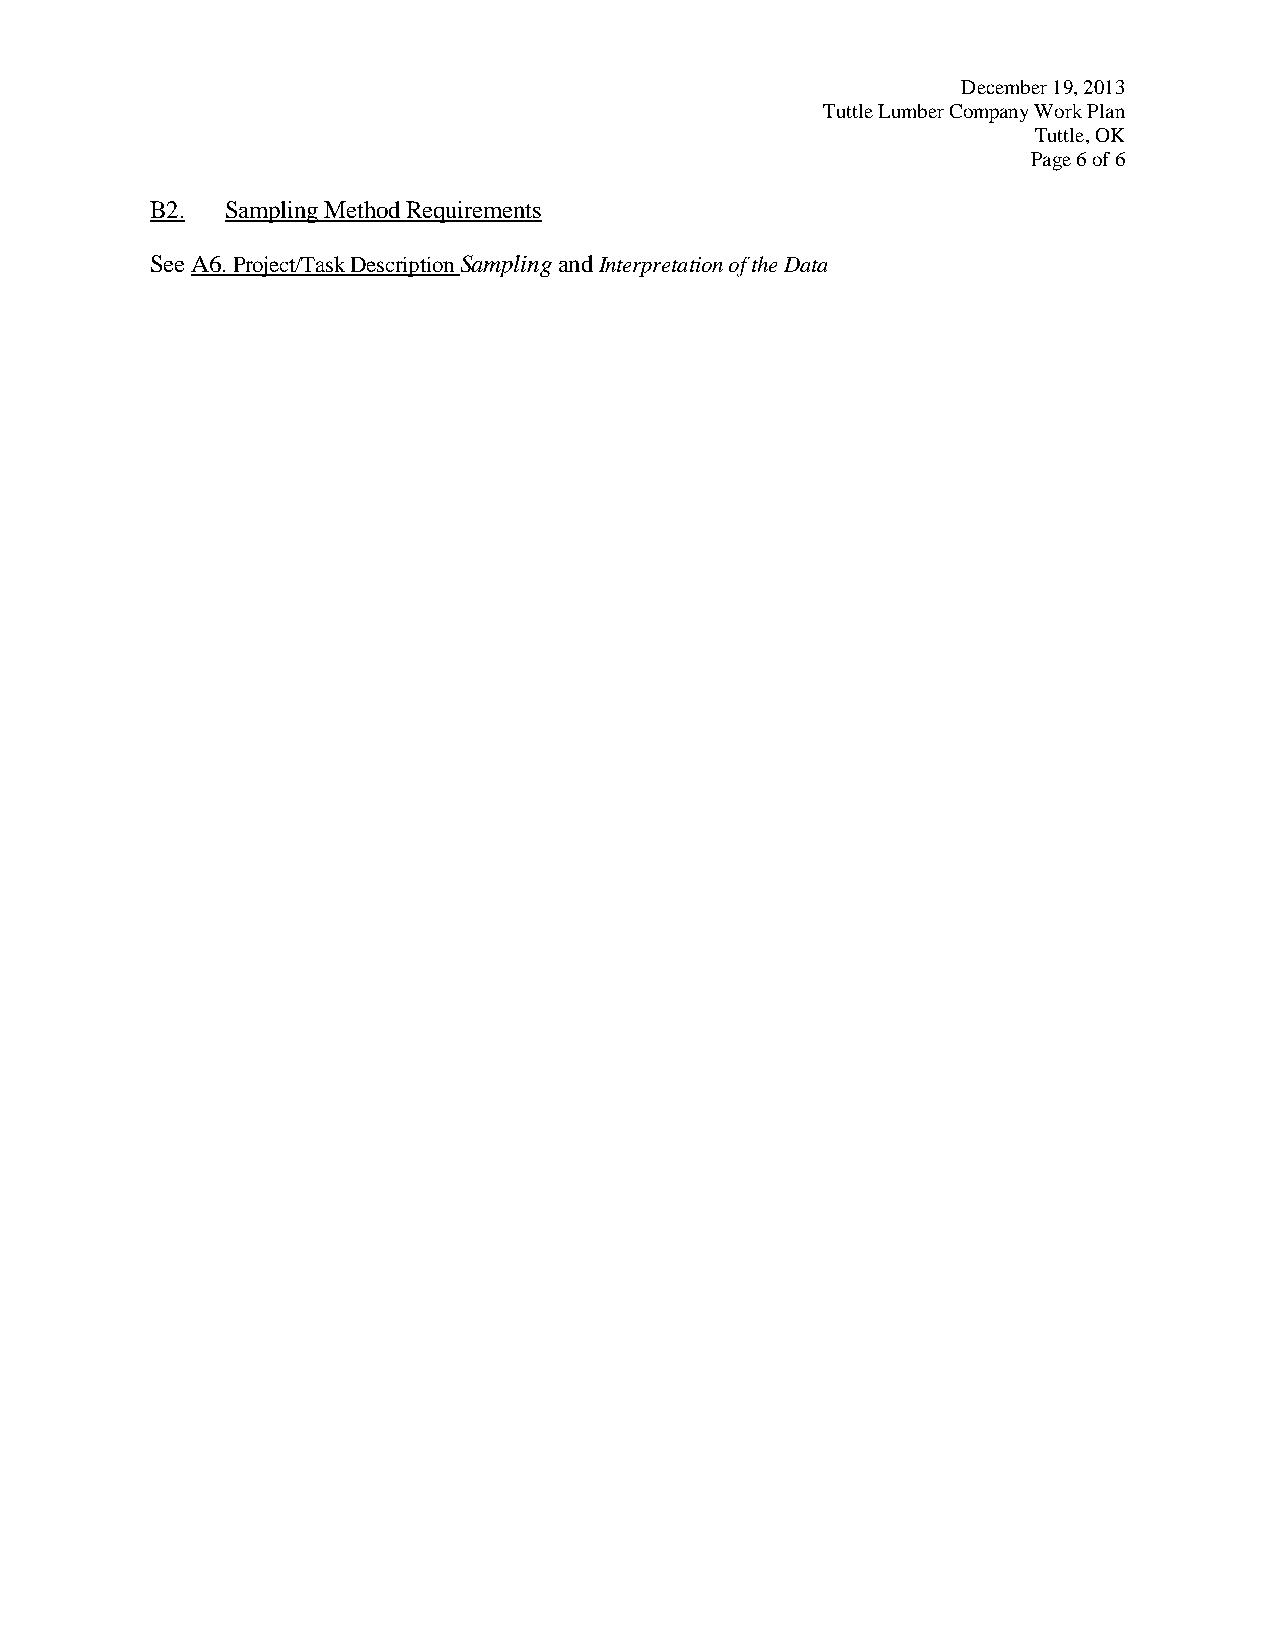
December 19, 2013
 Tuttle Lumber Company Work Plan
 Tuttle, OK
 Page 6 of 6
 B2.  Sampling Method Requirements
 See A6. Project/Task Description Sampling and Interpretation of the Data